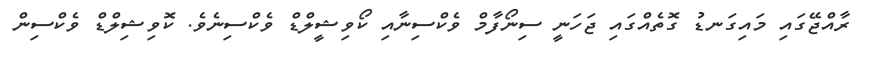
ރާއްޖޭގައި މައިގަނޑު ގޮތެއްގައި ޖަހަނީ ސިނޯފާމް ވެކްސިނާއި ކޯވިޝީލްޑް ވެކްސިނެވެ. ކޮވިޝިލްޑް ވެކްސިން